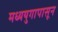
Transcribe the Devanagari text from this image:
मध्ययुगापासून